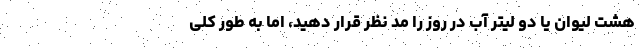
هشت لیوان یا دو لیتر آب در روز را مد نظر قرار دهید، اما به طور کلی